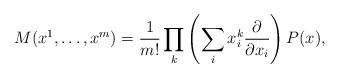
\begin{align*}M(x^1,\dots,x^m)=\frac{1}{m!}\prod_k\left(\sum\limits_i x_i^k\frac{\partial}{\partial x_i}\right)P(x),\end{align*}